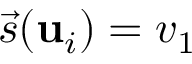
\vec { s } ( \mathbf { u } _ { i } ) = \v v _ { 1 }